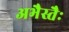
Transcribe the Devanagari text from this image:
अभैस्तैः